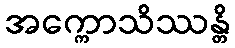
အက္ကောသိဿန္တိ